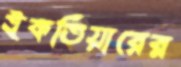
ইকতিয়ারের